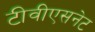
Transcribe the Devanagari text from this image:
टीवीएसनेट